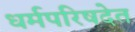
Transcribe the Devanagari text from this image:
धर्मपरिषदेत